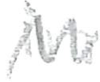
Text: in
Cross-out: zig-zag
Writing tool: pencil